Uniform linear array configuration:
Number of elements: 8
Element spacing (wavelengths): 0.25
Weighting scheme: hann
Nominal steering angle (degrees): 0
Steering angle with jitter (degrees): -0.2027
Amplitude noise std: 0.05
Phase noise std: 0.05

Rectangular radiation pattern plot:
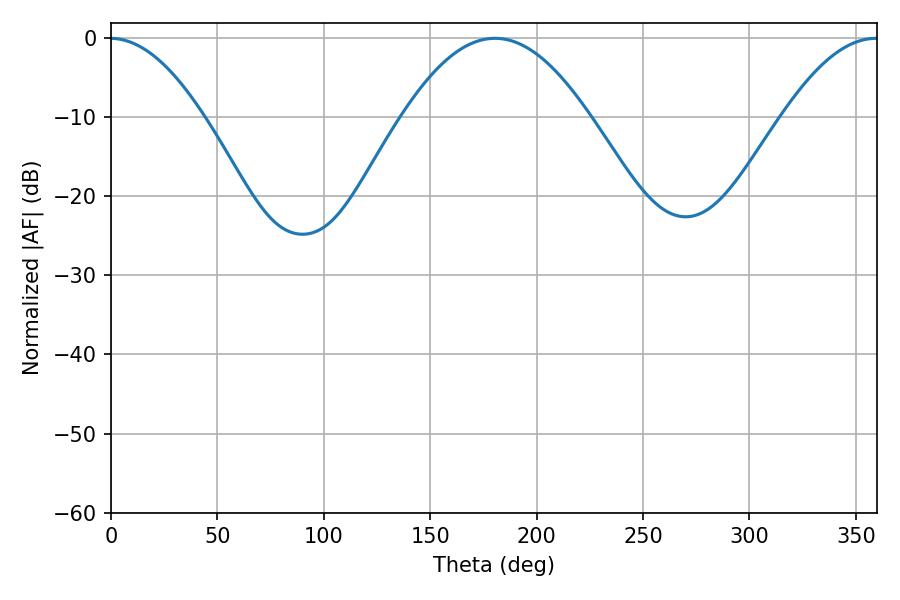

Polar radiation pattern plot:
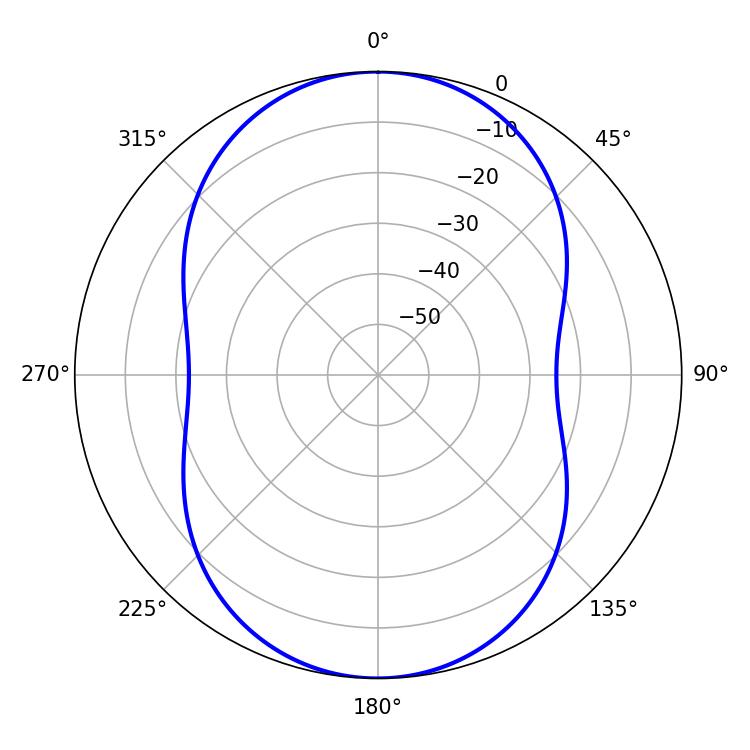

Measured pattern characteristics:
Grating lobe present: FALSE
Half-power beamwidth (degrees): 47.88
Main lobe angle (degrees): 180.36